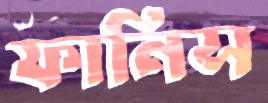
ফানিস